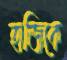
হাজিকে